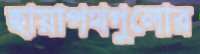
ছায়াপথগুলোর